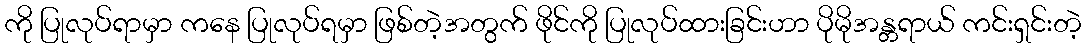
ကို ပြုလုပ်ရာမှာ ကနေ ပြုလုပ်ရမှာ ဖြစ်တဲ့အတွက် ဖိုင်ကို ပြုလုပ်ထားခြင်းဟာ ပိုမိုအန္တရာယ် ကင်းရှင်းတဲ့